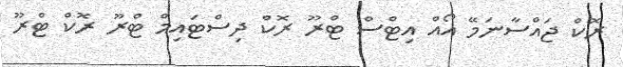
ރޮކް ޖައްސާނަމޭ އޯއް އިޓްސް ޓްރޫ ރޮކް ދިސްޓައިމް ޓްރޫ ރޮކް ޓްރޫ